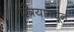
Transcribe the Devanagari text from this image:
स्त्रियामधून